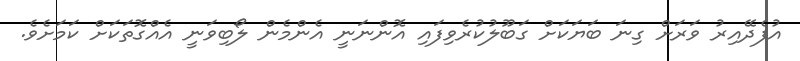
އުފެދޭއިރު ވަރަށް ގިނަ ބަޔަކަށް ގަބޫލުކުރެވިފައި އޮންނަނީ އެންމެން ލޯބިވަނީ އެއްގޮތަކަށް ކަމަށެވެ.